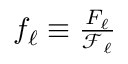
\begin{array} { r } { \mathscr { f } _ { \ell } \equiv \frac { F _ { \ell } } { \mathcal { F } _ { \ell } } } \end{array}